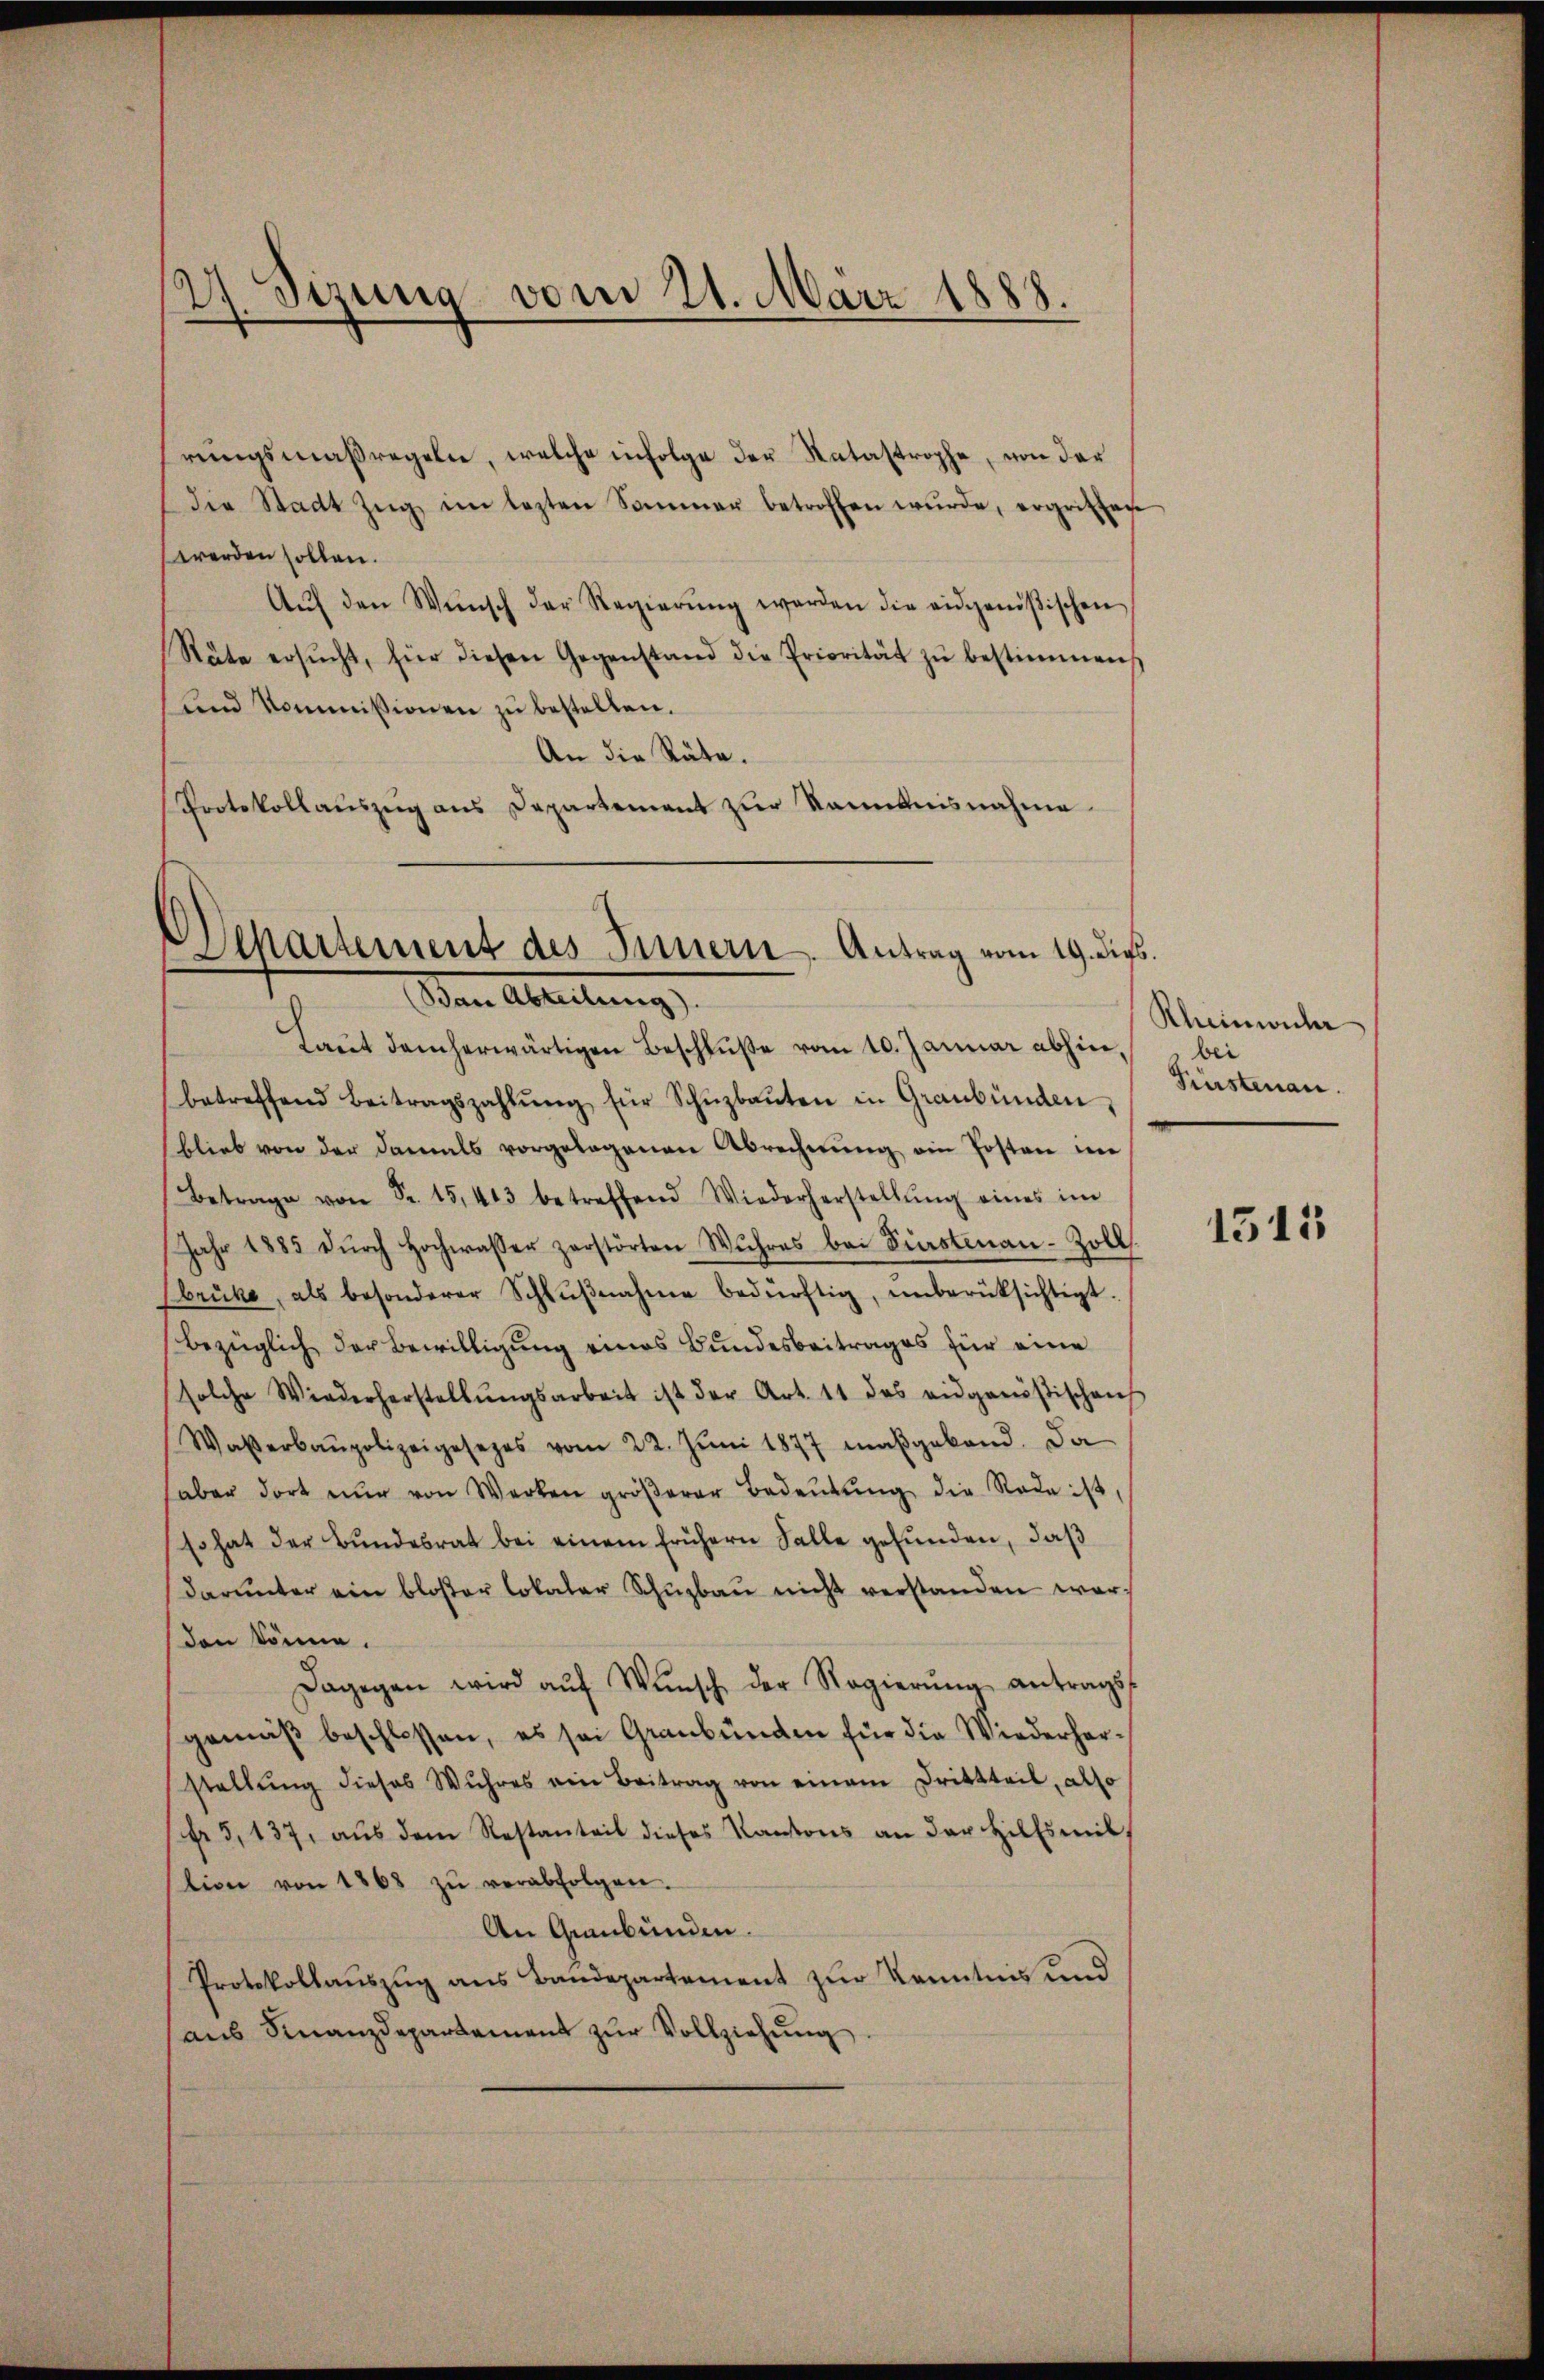
27. Sizung vom 21. März 1888.
2

Departement des Innern, Antrag vom 19. dies.
(Ban Abteilung).

rungsmaßregeln, welche infolge der Ratastrophe, von der
die Stadt Zŭg im lezten Sommer betroffen wŭrde, ergritter
werden sollen.
Aŭf den Wŭnsch der Regierŭng werden die eidgenößischen
Räte ersŭcht, für diesen Gegenstand die Priorität zŭ bestimmen,
und Kommissionen zu bestellen.
An die Räte.
Protokollaŭszŭg ans Departement zŭr Kenntnisnahme

Laŭt demherwärtigen Beschlŭβe vom 10. Januar abhin, bei
betreffend Beitragszahlŭng für Schŭzbaŭten in Graubünden,
blieb von der damals vorgelegenen Abrechnung ein Posten im
Betrage von Sr. 15,403 betreffend Wiederherstellŭng eines im
Jahr 1885 dŭrch Hochwasser zerstörten Wuhres bei Pinstenan-Zoll
Ebrüke, als besonderer Schlŭβnahme bedürftig, unberüksichtigt.
bezüglich der Bewilligung eines Bundesbeitrages für eine
solche Wiederherstellŭngsarbeit ist der Art. 11 des eidgenößischen
Waßerbaupolizeigesezes vom 22. Jŭni 1877 maßgebend. Da
aber dort nŭr von Werken gröβerer Bedeŭtŭng die Rede ist,
so hat der Bundesrat bei einem frühern Falle gefunden, daß
darunter ein bloβer lokaler Schŭzbaŭ nicht verstanden werden könne.
Dagegen wird aŭf Wŭnsch der Regierŭng antragst
gemäß beschlossen, es sei Graubünden für die Wiederherstellŭng dieses Wuhres ein Beitrag von einem Drittteil, also
fr 5,137, aŭs dem Restanteil dieses Kantons an der Hilfsmil
stion von 1868 zŭ verabfolgen.
An Graubünden.
Protokollauszug aus Baudepartement zur Kenntnis und
aus Finanzdepartement zur Vollziehung

Klimancher
Fünstenan

1513